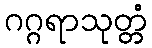
ဂဂ္ဂရာသုတ္တံ